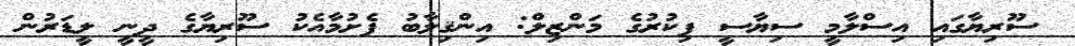
ސޫރިޔާގައި އިސްލާމީ ސިޔާސީ ފިކުރުގެ މަންޒިލް: އިންޤިލާބު ފެށުމާއެކު ސޫރިޔާގެ ދީނީ ލީޑަރުން